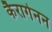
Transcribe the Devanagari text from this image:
कैरागेनन